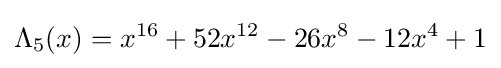
\Lambda _{5}(x)=x^{16}+52x^{12}-26x^{8}-12x^{4}+1